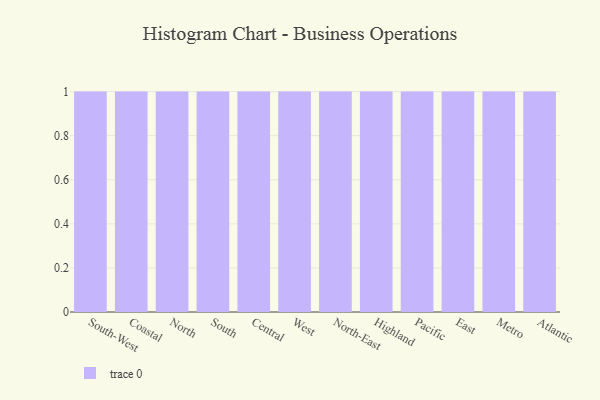
{"axis": {"x": "Region", "y": "Production Output"}, "legend": [""], "data": [{"x": "South-West", "y": 93, "type": ""}, {"x": "Coastal", "y": 60, "type": ""}, {"x": "North", "y": 87, "type": ""}, {"x": "South", "y": 6, "type": ""}, {"x": "Central", "y": 68, "type": ""}, {"x": "West", "y": 63, "type": ""}, {"x": "North-East", "y": 90, "type": ""}, {"x": "Highland", "y": 15, "type": ""}, {"x": "Pacific", "y": 22, "type": ""}, {"x": "East", "y": 3, "type": ""}, {"x": "Metro", "y": 58, "type": ""}, {"x": "Atlantic", "y": 28, "type": ""}]}